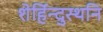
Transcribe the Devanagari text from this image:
शेर्हिन्दुस्थनि